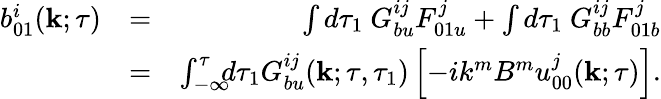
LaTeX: \begin{array}{rlr}{b_{01}^{i}({\mathbf{k}};\tau)}&{=}&{\int d\tau_{1}\ G_{bu}^{ij}F_{01u}^{j}+\int d\tau_{1}\ G_{bb}^{ij}F_{01b}^{j}}\\ &{=}&{\int_{-\infty}^{\tau}\! \! \! d\tau_{1}G_{bu}^{ij}({\mathbf{k}};\tau,\tau_{1})\left[{-ik^{m}B^{m}u_{00}^{j}({\mathbf{k}};\tau)}\right].}\end{array}